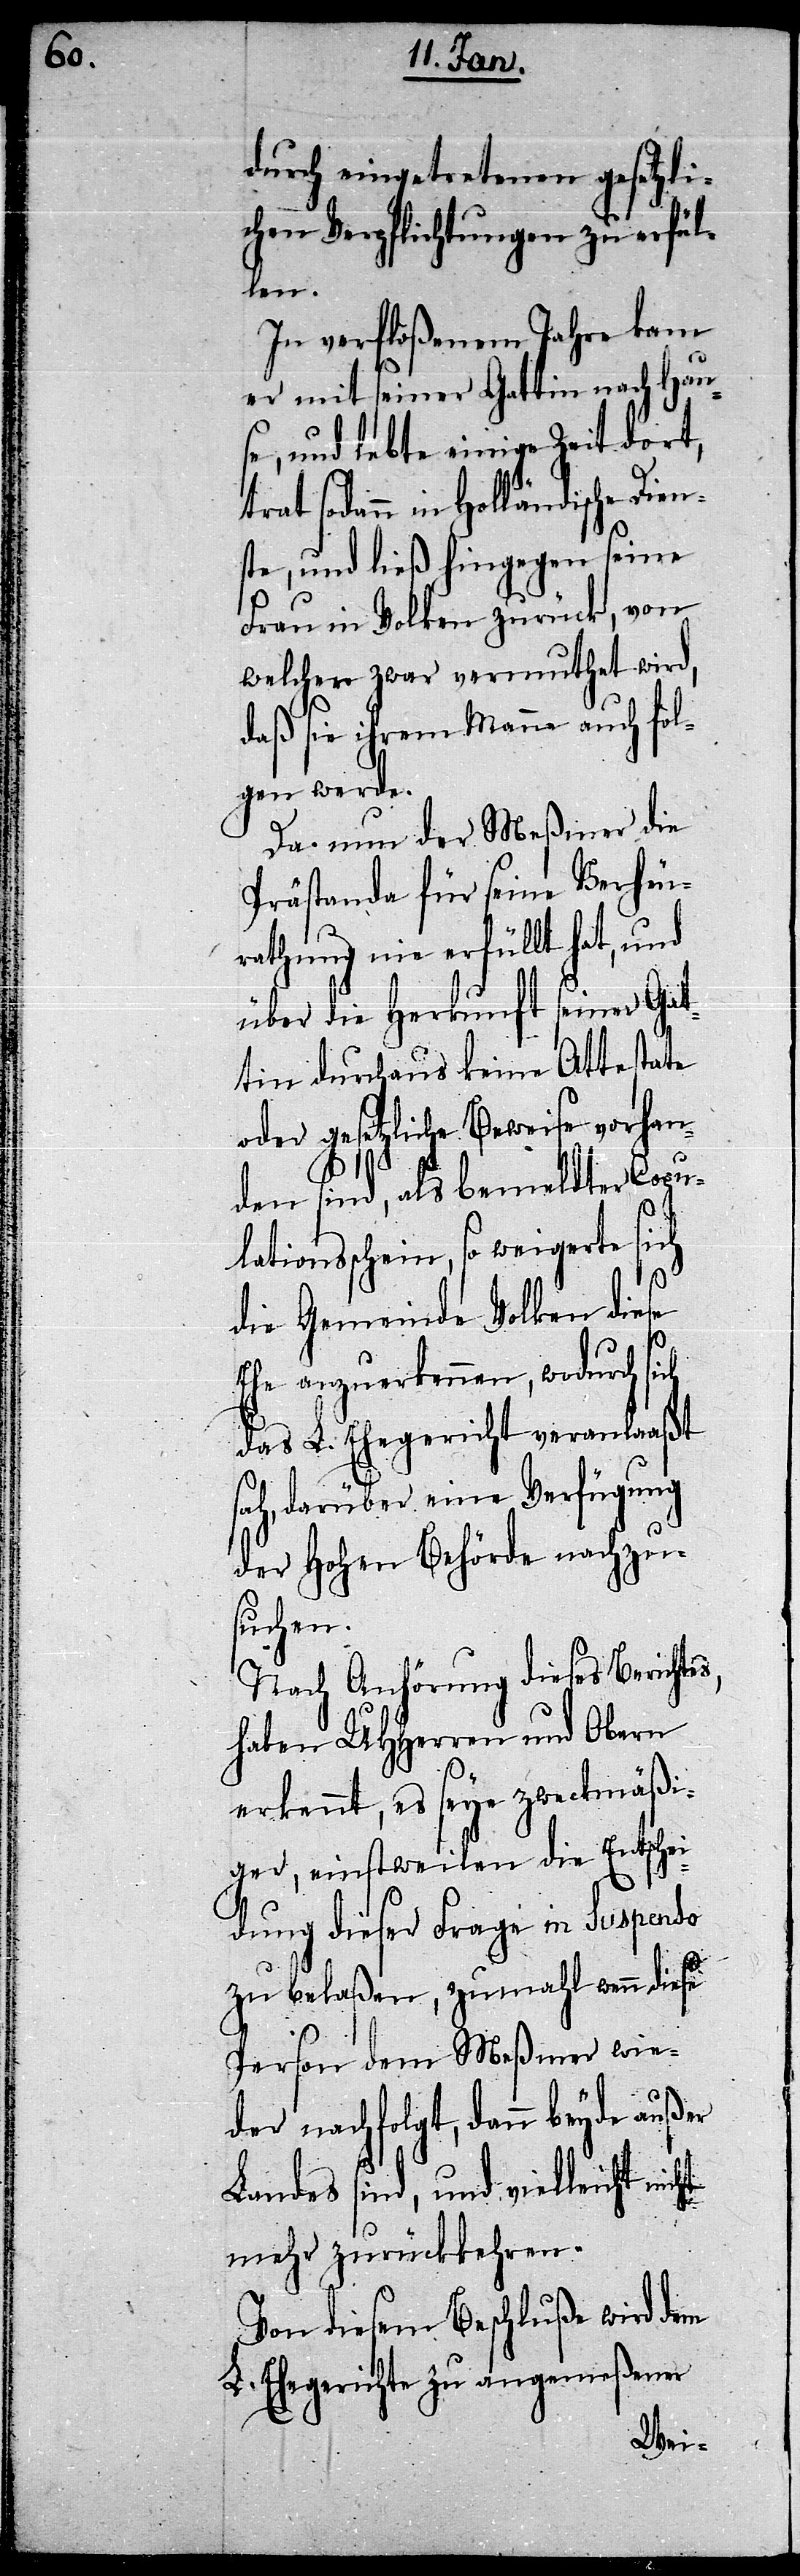
durch eingetretenen gesetzli¬
chen Verpflichtungen zu erfül¬
len.
In verfloßenem Jahre kam
er mit seiner Gattin nach Hau¬
se, und lebte einige Zeit dort,
trat sodann in Holländische Dien¬
ste, und ließ hingegen seine
Frau in Volken zurück, von
welcher zwar vermuthet wird,
daß sie ihrem Manne auch fol¬
gen werde.
Da nun der Meßmer die
Prästanda für seine Verheu¬
rathung nie erfüllt hat, und
über die Herkunft seiner Gat¬
tin durchaus keine Attestate
oder gesetzliche Beweise vorhan¬
den sind, als bemeldter Copu¬
lationsschein, so weigerte sich
die Gemeinde Volken diese
Ehe anzuerkennen, wodurch sich
das L. Ehegericht veranlaaßt
sah, darüber eine Verfügung
der Hohen Behörde nachzu¬
suchen.
Nach Anhörung dieses Berichtes,
haben UHHerren und Obern
erkennt, es seye zweckmäßi¬
ger, einstweilen die Entschei¬
dung dieser Frage in Suspendo
zu belaßen, zumahl wenn diese
Person dem Meßmer wie¬
der nachfolgt, dann beyde außer
Landes sind, und vielleicht nicht
mehr zurückkehren.
Von diesem Beschluße wird dem
L. Ehegerichte zu angemeßener